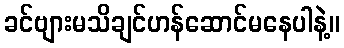
ခင်ဗျားမသိချင်ဟန်ဆောင်မနေပါနဲ့။